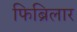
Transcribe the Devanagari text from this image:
फिब्रिलार